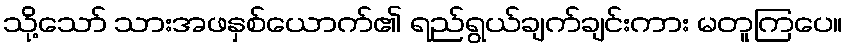
သို့သော် သားအဖနှစ်ယောက်၏ ရည်ရွယ်ချက်ချင်းကား မတူကြပေ။